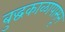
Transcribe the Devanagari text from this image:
बुद्धकाळापासून